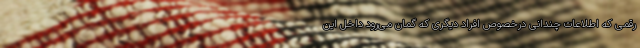
رقمی که اطلاعات چندانی درخصوص افراد دیگری که گمان می‌رود داخل این